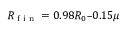
R \textsubscript { f i n } = 0 . 9 8 R _ { 0 } – 0 . 1 5 \mu